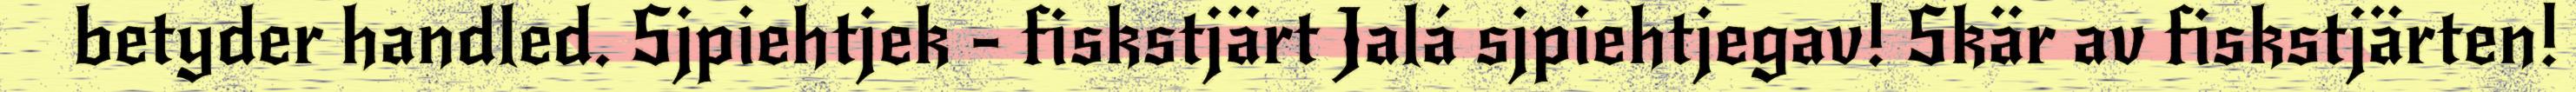
betyder handled. Sjpiehtjek - fiskstjärt Jalá sjpiehtjegav! Skär av fiskstjärten!